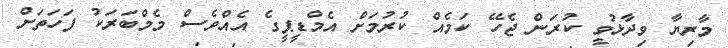
މާރިޔާ ވިދާޅުވީ ކުރަން ޖެހޭ ކަމެއް ކުރުމަށް އެމްޑީޕީގެ އެއްވެސް މެމްބަރަކު ފަހަތަށް